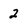
Character: 2